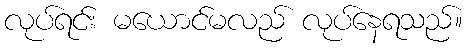
လုပ်ရင်း မယောင်မလည် လုပ်နေရသည်။